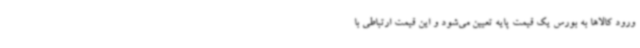
ورود کالاها به بورس یک قیمت پایه تعیین می‌شود و این قیمت ارتباطی با